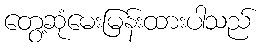
တွေ့ဆုံမေးမြန်းထားပါသည်